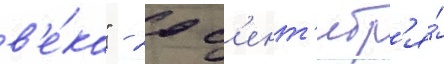
в'е́ка" - 20 с'ент'ябр'я́